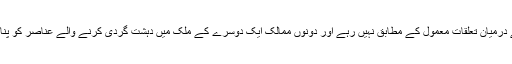
2001ء سے لے کر آج تک دونوں ہمسایہ ممالک کے درمیان تعلقات معمول کے مطابق نہیں رہے اور دونوں ممالک ایک دوسرے کے ملک میں دہشت گردی کرنے والے عناصر کو پناہ دینے کا الزام ایک دوسرے پر عائد کرتے رہے ہیں ۔